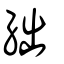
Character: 絀